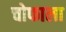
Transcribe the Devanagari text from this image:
चोफाला